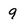
Character: 9